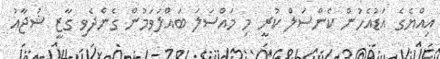
އިއްޔެގެ އަޑުއެހުން ކެންސަލް ކުރީ މި މައްސަލަ ބައްލަވަމުން ގެންދެވި ގާޒީ ޝުޖާއު